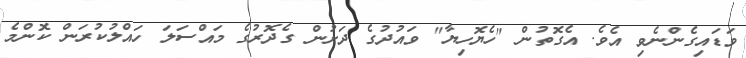
ވަޑައިގެންނެވި އެވެ. އެގޮތުން "ހެޔޮހިޔާ" ވައުދުގެ ދަށުން ގެދޮރުގެ މައްސަލަ ހައްލުކުރަން ކޮންމެ